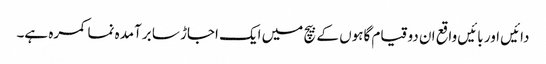
دائیں اور بائیں واقع ان دو قیام گاہوں کے بیچ میں ایک اجاڑ سا برآمدہ نما کمرہ ہے۔